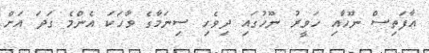
އާފަތިސް ނޫހާއި ހަވީރު ނޫހުގައި ދިވެހި ސިނަމާގެ ވާހަކަ އެންމެ ގަދަ އަށް